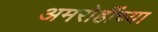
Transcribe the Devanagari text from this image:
अमरोहींच्या